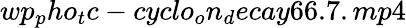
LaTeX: wp_{p}ho_{t}c-cyclo_{o}n_{d}ecay66.7.mp4